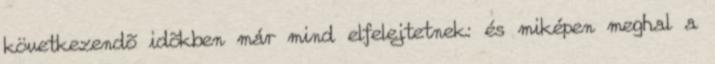
következendõ idõkben már mind elfelejtetnek: és miképen meghal a